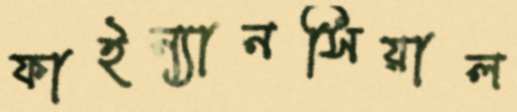
ফাইন্যানসিয়াল